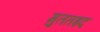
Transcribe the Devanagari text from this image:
मुततइद